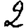
Digit: 2